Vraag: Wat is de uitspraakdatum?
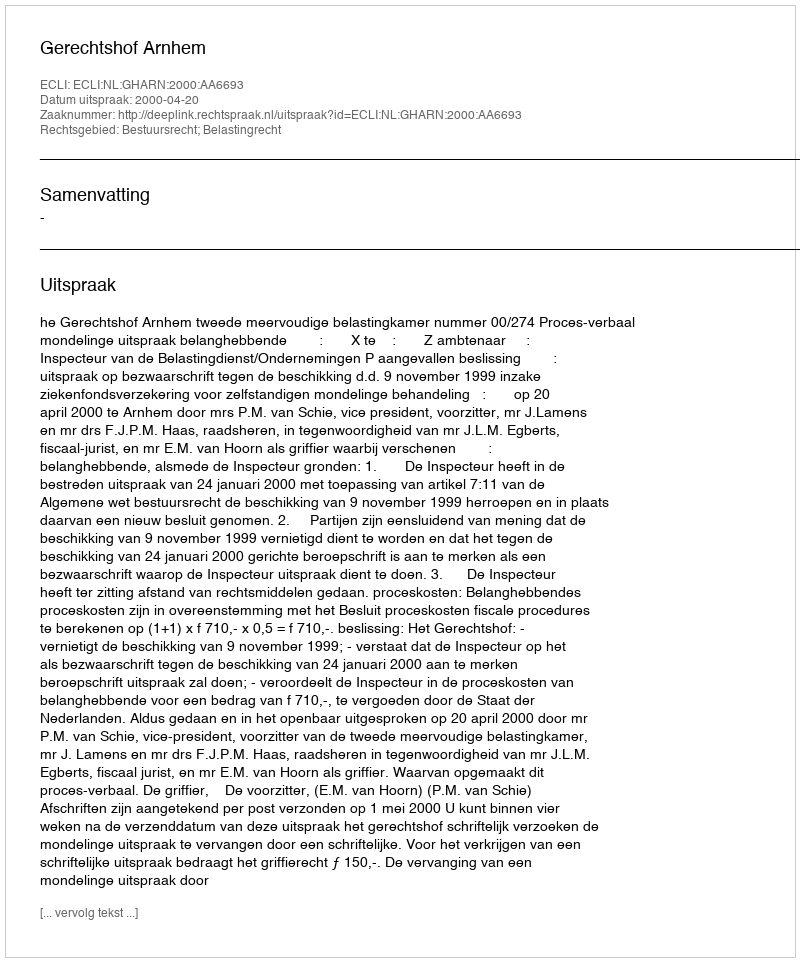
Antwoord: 2000-04-20